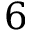
6